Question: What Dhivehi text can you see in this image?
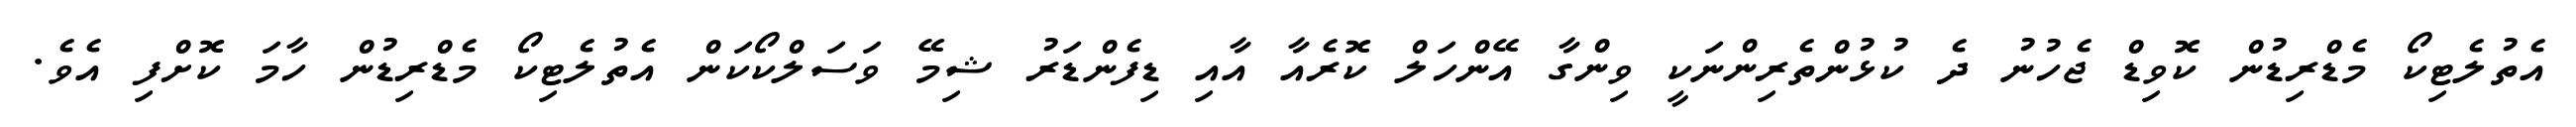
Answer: އެތުލެޓިކޯ މެޑްރިޑުން ކޮވިޑް ޖެހުނު ދެ ކުޅުންތެރިންނަކީ ވިންގާ އޭންހަލް ކޮރެއާ އާއި ޑިފެންޑަރު ޝިމޭ ވަސަލްކޯކަން އެތުލެޓިކޯ މެޑްރިޑުން ހާމަ ކޮށްފި އެވެ.